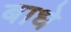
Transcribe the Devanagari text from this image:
बाधे